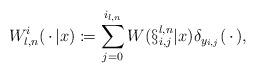
LaTeX: \begin{align*}W_{l,n}^i(\,\cdot\,|x) &\coloneqq \sum_{j=0}^{i_{l,n}} W(\S_{i,j}^{l,n}|x) \delta_{y_{i,j}}(\,\cdot\,), \end{align*}